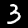
Digit: 3